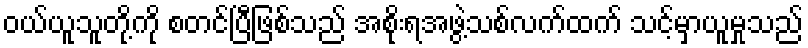
ဝယ်ယူသူတို့ကို စတင်ပြီဖြစ်သည် အစိုးရအဖွဲ့သစ်လက်ထက် သင့်မှာယူမှုသည်